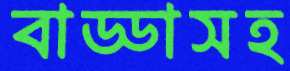
বাড্ডাসহ